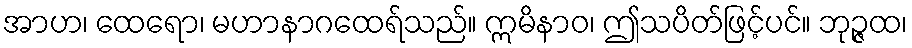
အာဟ၊ ထေရော၊ မဟာနာဂထေရ်သည်။ ဣမိနာဝ၊ ဤသပိတ်ဖြင့်ပင်။ ဘုဉ္ဇထ၊